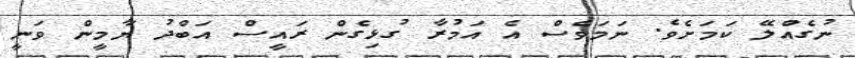
ނުގެއްލޭ ކަމަށެވެ. ނަމަވެސް އެ އަމުރާ ގުޅިގެން ރައީސް އަބްދު ޔާމީން ވަނީ